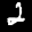
Digit: 2